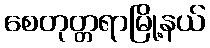
စေတုတ္တရာမြို့နယ်